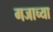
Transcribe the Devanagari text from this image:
गजाच्या